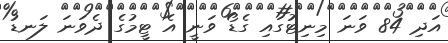
އަދި 84 ވަނަ މިނިޓުގައި ގެޑޯ ވަނީ އެ ޓީމުގެ ދެވަނަ ލަނޑު